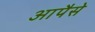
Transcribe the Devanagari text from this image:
आपैसे